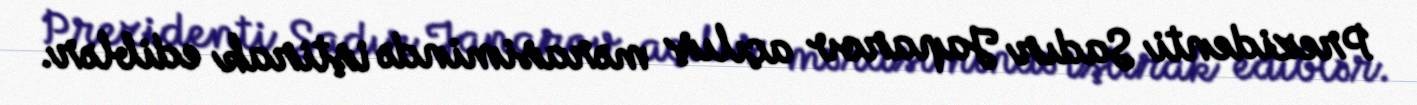
Prezidenti Sadır Japarov açılış mərasimində iştirak ediblər.